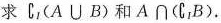
求$$C_{I}(A\cap B)$$和$$A\cap (C_{I}B)$$.